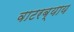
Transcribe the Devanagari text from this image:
वाटरब्याय